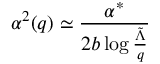
\alpha ^ { 2 } ( q ) \simeq \frac { \alpha ^ { * } } { 2 b \log \frac { \tilde { \Lambda } } { q } }